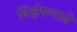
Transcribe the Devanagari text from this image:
निक्षेपणाने